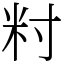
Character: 籿